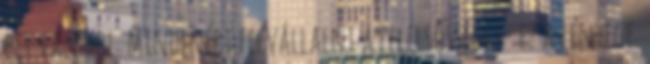
ezt valahol. Mindenért felvállalni a felelsősséget- ez a lényege.